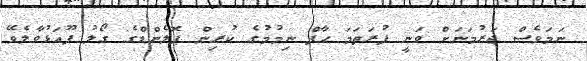
ނަމަވެސް ޖަރުމަނަށް ވަނީ ފުރަތަމަ ހާފް ނިމުމުގެ ކުރިން ޕޮލެންޑްގެ ގޯލު ފޫއަޅުވާލެވޭ